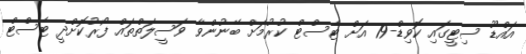
އައްޑޫ ސިޓީގައި ކޮވިޑް-19 އަށް ޓެސްޓް ކުރުމަށް ބޭނުންވާ ވަސީލަތްތައް ފޯރުކޮށްދީ ޓެސްޓް